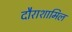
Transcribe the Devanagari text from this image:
दौराशामिल